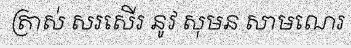
ត្រាស់ សរសើរ នូវ សុមន សាមណេរ